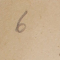
6